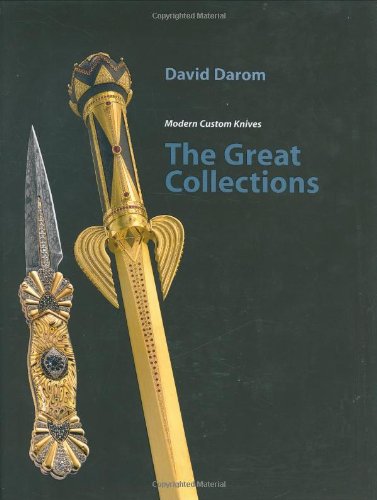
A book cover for The Great Collections: Modern Custom Knives; David Darom; Crafts, Hobbies & Home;